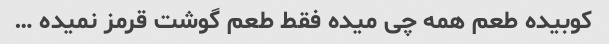
کوبیده طعم همه چی میده فقط طعم گوشت قرمز نمیده …